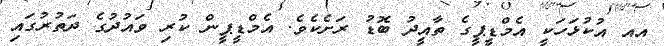
އއ އުކުޅަހަކީ އެމްޑީޕީގެ ތާއީދު ބޮޑު ރަށެކެވެ. އެމްޑީޕީން ކުރި ވައުދުގެ ދަތުރުގައި